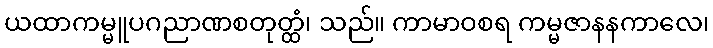
ယထာကမ္မူပဂညာဏစတုတ္ထံ၊ သည်။ ကာမာဝစရ ကမ္မဇာနနကာလေ၊